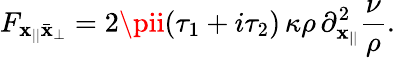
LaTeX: F_{\mathbf{x}_{||}\bar{{\mathbf{x}}}_{\perp}}=2\pii(\tau_{1}+i\tau_{2})\, \kappa\rho\, \partial_{\mathbf{x}_{||}}^{2}\frac{{\nu}}{{\rho}}.